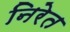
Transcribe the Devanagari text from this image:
निरेत